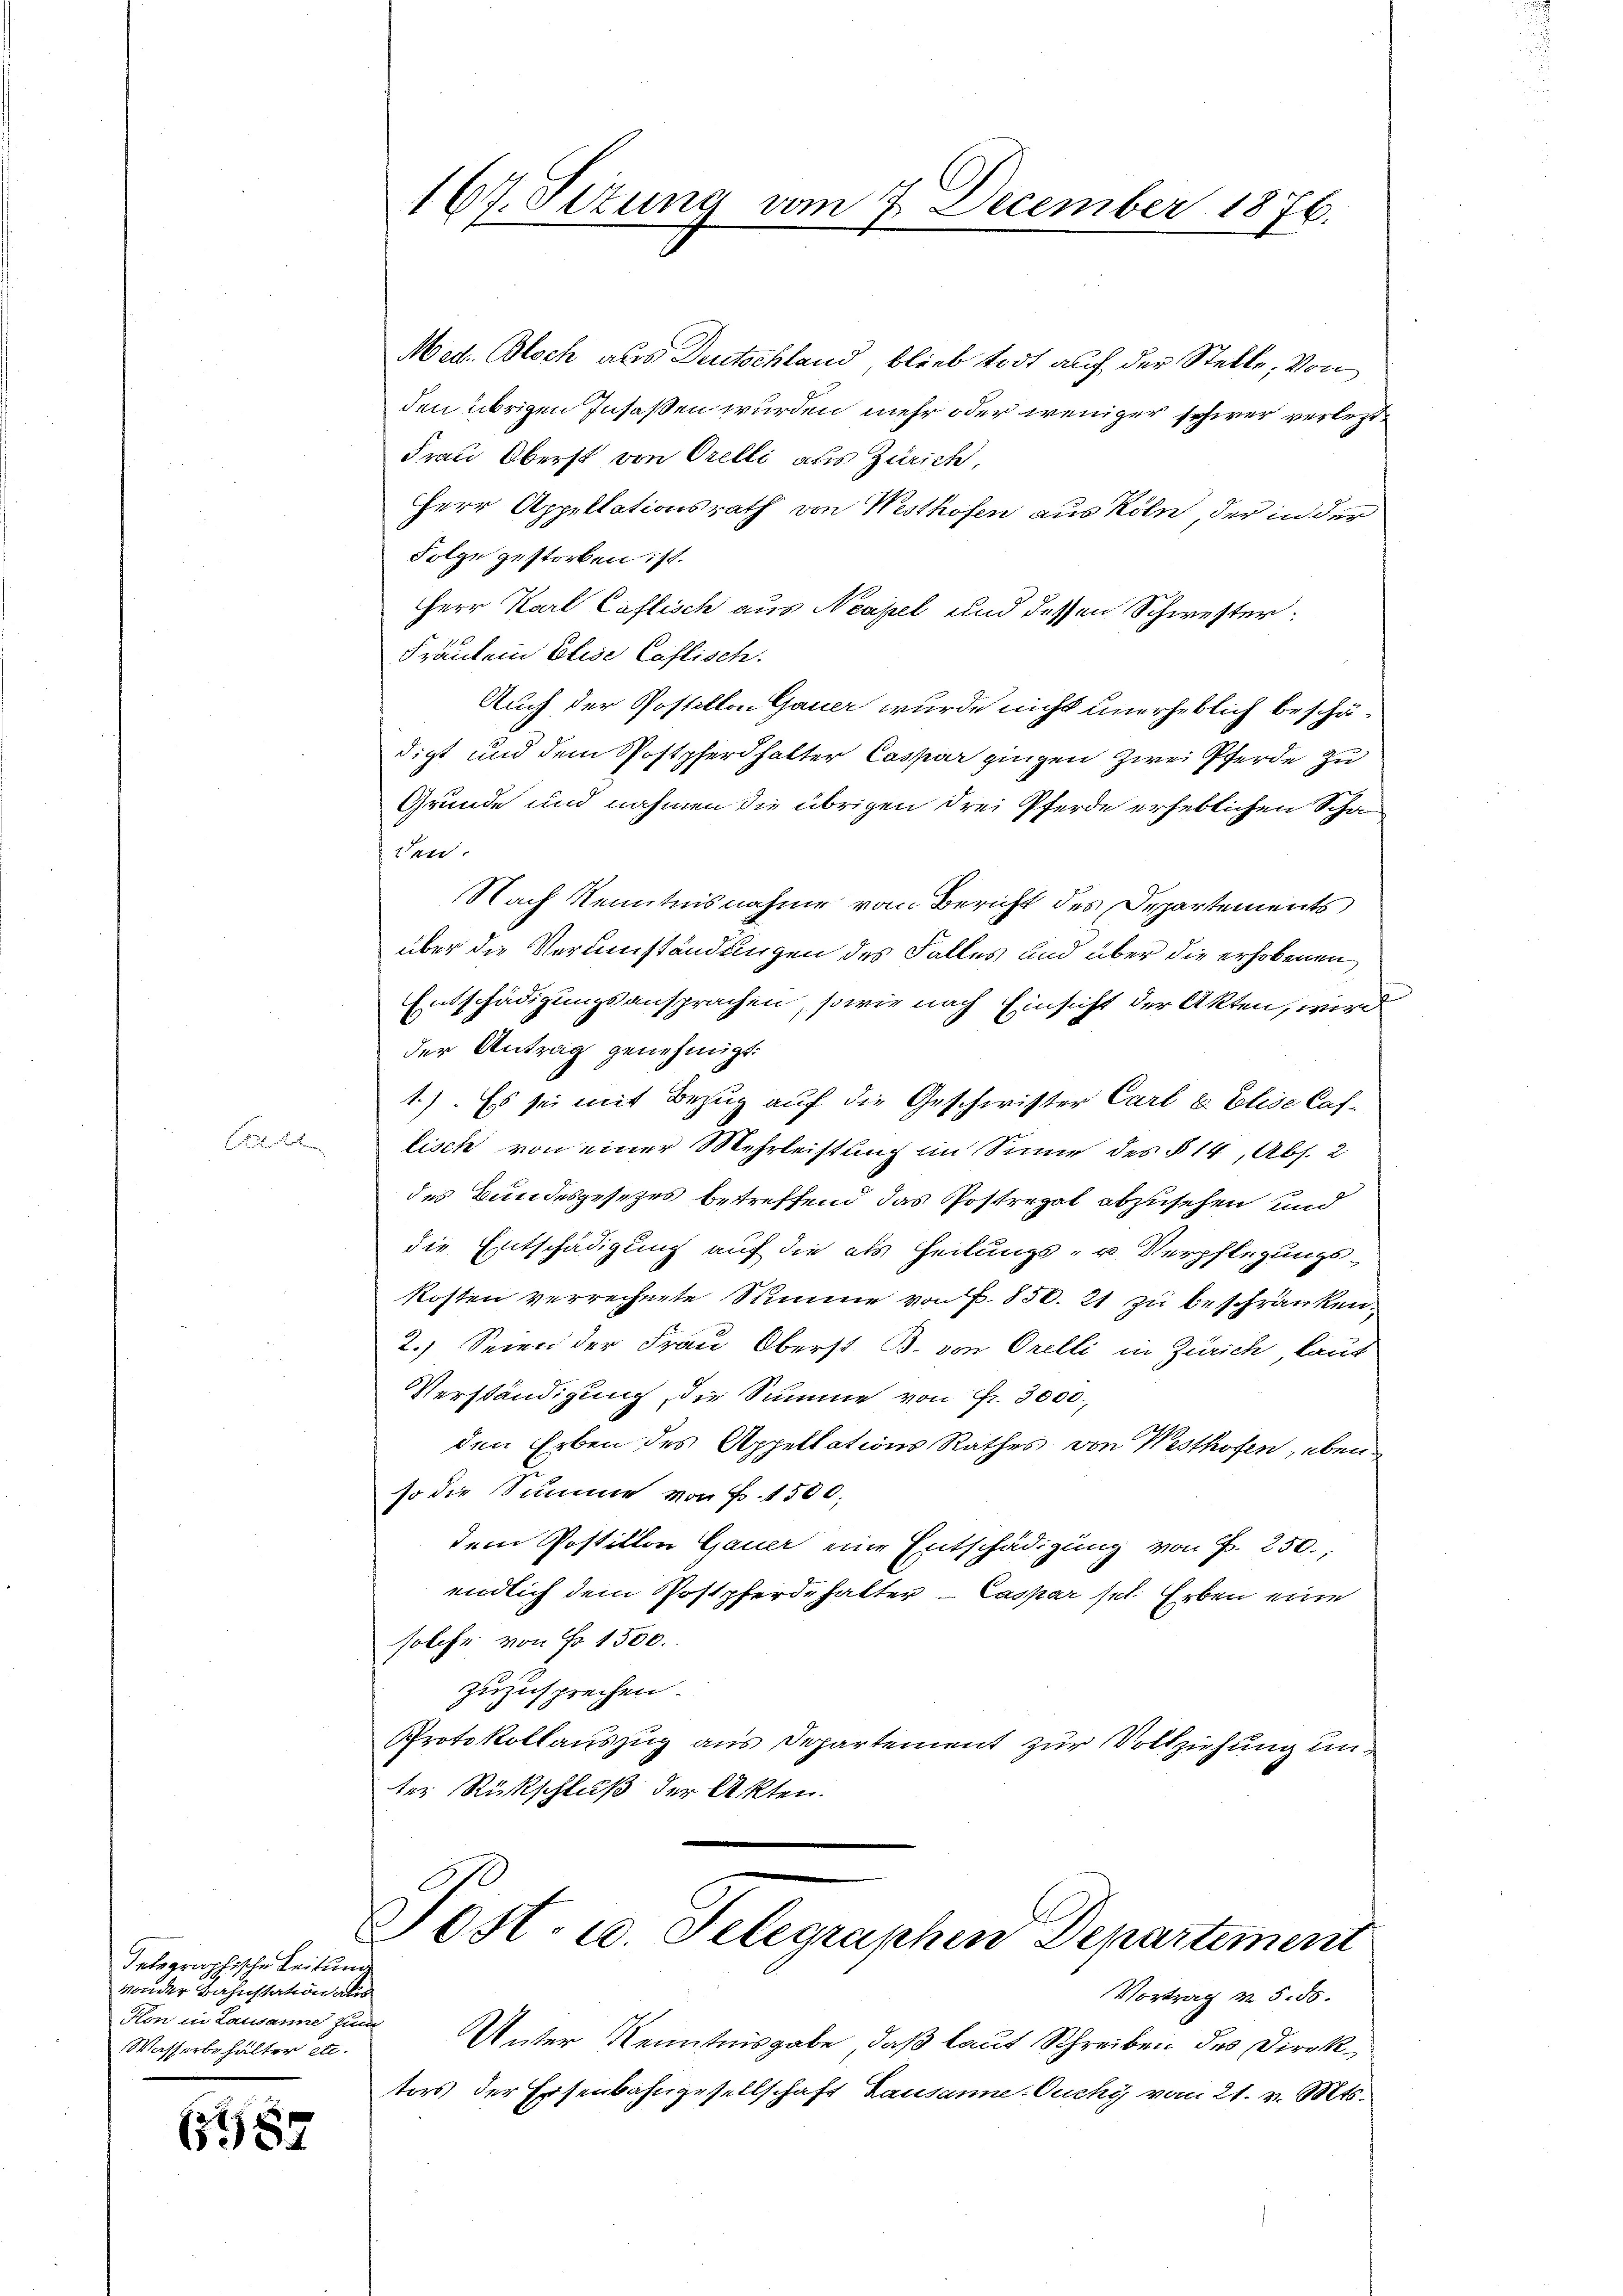
B

deparaphische Leitung
von der Zahnstation als
Kon in Lausanne zum
Wasserbehalter etc.

6387

Med. Bloch aus Deutschland, blieb todt auf der Stelle, von
den übrigen Insassen wurden mehr oder weniger schwer verlezt¬
Frau Oberst von Orelli aus Zürich,
Herr Appellationsrath von Westhofen aus Köln, der in der
Folge gestorben ist.
Herr Karl Caflisch aus Neapel und dessen Schwester:
Fräulein Elise Castisch.
Auch der Postillon Gauer wurde nicht unerheblich beschädigt und dem Postpferdhalter Caspar gingen zwei Pferde zu
Grunde und nahmen die übrigen drei Pferde erheblichen Schaden.
Nach Kenntnisnahme vom Bericht des Departements
über die Verumständungen des Falles und über die erhobenen
Entschädigungsansprachen, sowie nach Einsicht der Akten, wird
der Antrag genehmigt.
1.) Es sei mit Bezug auf die Geschwister Carl u. Elise Caslisch von einer Mehrleistung im Sinne des § 14, Abs. 2
des Bundesgesetzes betreffend das Postregal abzusehen und
die Entschädigung auf die als heilungs- u Verpflegungs-
kosten verrechnete Summe von P. 856. 21 zu beschränken.
2.) Seien der Frau Oberst B. von Orelli in Zürich, lauf
Verständigung, die Summe von Fr. 3000,
den Erben des Appellations Rathes von Westhofen, eben
so die Summe von Fr. 1500,
dem Postillen Gauer eine Entschädigung von P. 250.,
endlich dem Postpferdehalter – Caspar sel. Erben eine
solche von Fr. 1500.
zuzusprechen.
Protokollauszug aus Departement zur Vollziehung unter Rückschluß der Akten.

167. Situng vom 7. December 1876.

Post- u. Selegraphen Departement

Vortrag m 5. 55.
Unter Kenntnisgabe, daß laut Schreiben des Direktors der Eisenbahngesellschaft Lausanne. Ouchy vom 21. v. Mts.